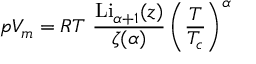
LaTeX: p V _ { m } = R T ~ { \frac { { \mathrm { L i } } _ { \alpha + 1 } ( z ) } { \zeta ( \alpha ) } } \left( { \frac { T } { T _ { c } } } \right) ^ { \alpha }